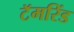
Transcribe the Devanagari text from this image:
टॅमरिंड